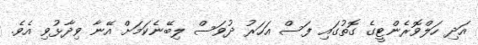
އަދި ހަލްވޮރެންޓީގެ ގޮތުގައި ފަސް އަހަރު ދުވަސް ލިބޭނެކަމަށް އޭނާ ވިދާޅުވި އެވެ.